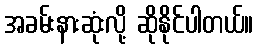
အခမ်းနားဆုံးလို့ ဆိုနိုင်ပါတယ်။